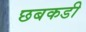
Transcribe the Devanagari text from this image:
छबकडी